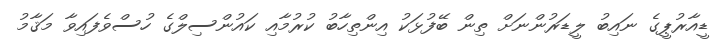
ޑީއާރުޕީގެ ނައިބު ލީޑަރުންނަށް ތިން ބޭފުޅަކު އިންތިހާބު ކުރުމާއި ކައުންސިލްގެ ހުސްވެފައިވާ މަޤާމު